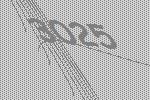
3025